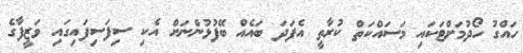
ހައްގު ހޯދުމަށްޓަކައި މަސައްކަތް ކުރާތީ އެފަދަ ބައެއް ބޭފުޅުންނަށް އެކި ސިފަސިފައިގައި ވަޒީފާގެ